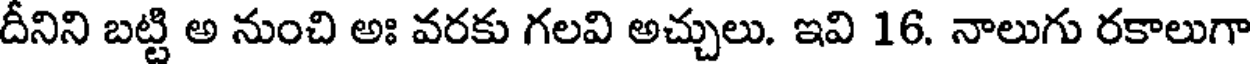
దీనిని బట్టి అ నుంచి అః వరకు గలవి అచ్చులు. ఇవి 16. నాలుగు రకాలుగా